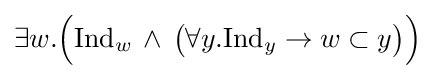
\exists w.{\Big (}\mathrm {Ind} _{w}\,\land \,{\big (}\forall y.\mathrm {Ind} _{y}\to w\subset y{\big )}{\Big )}